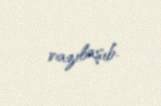
razılaşıb.